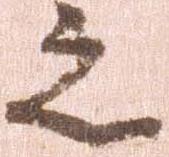
之